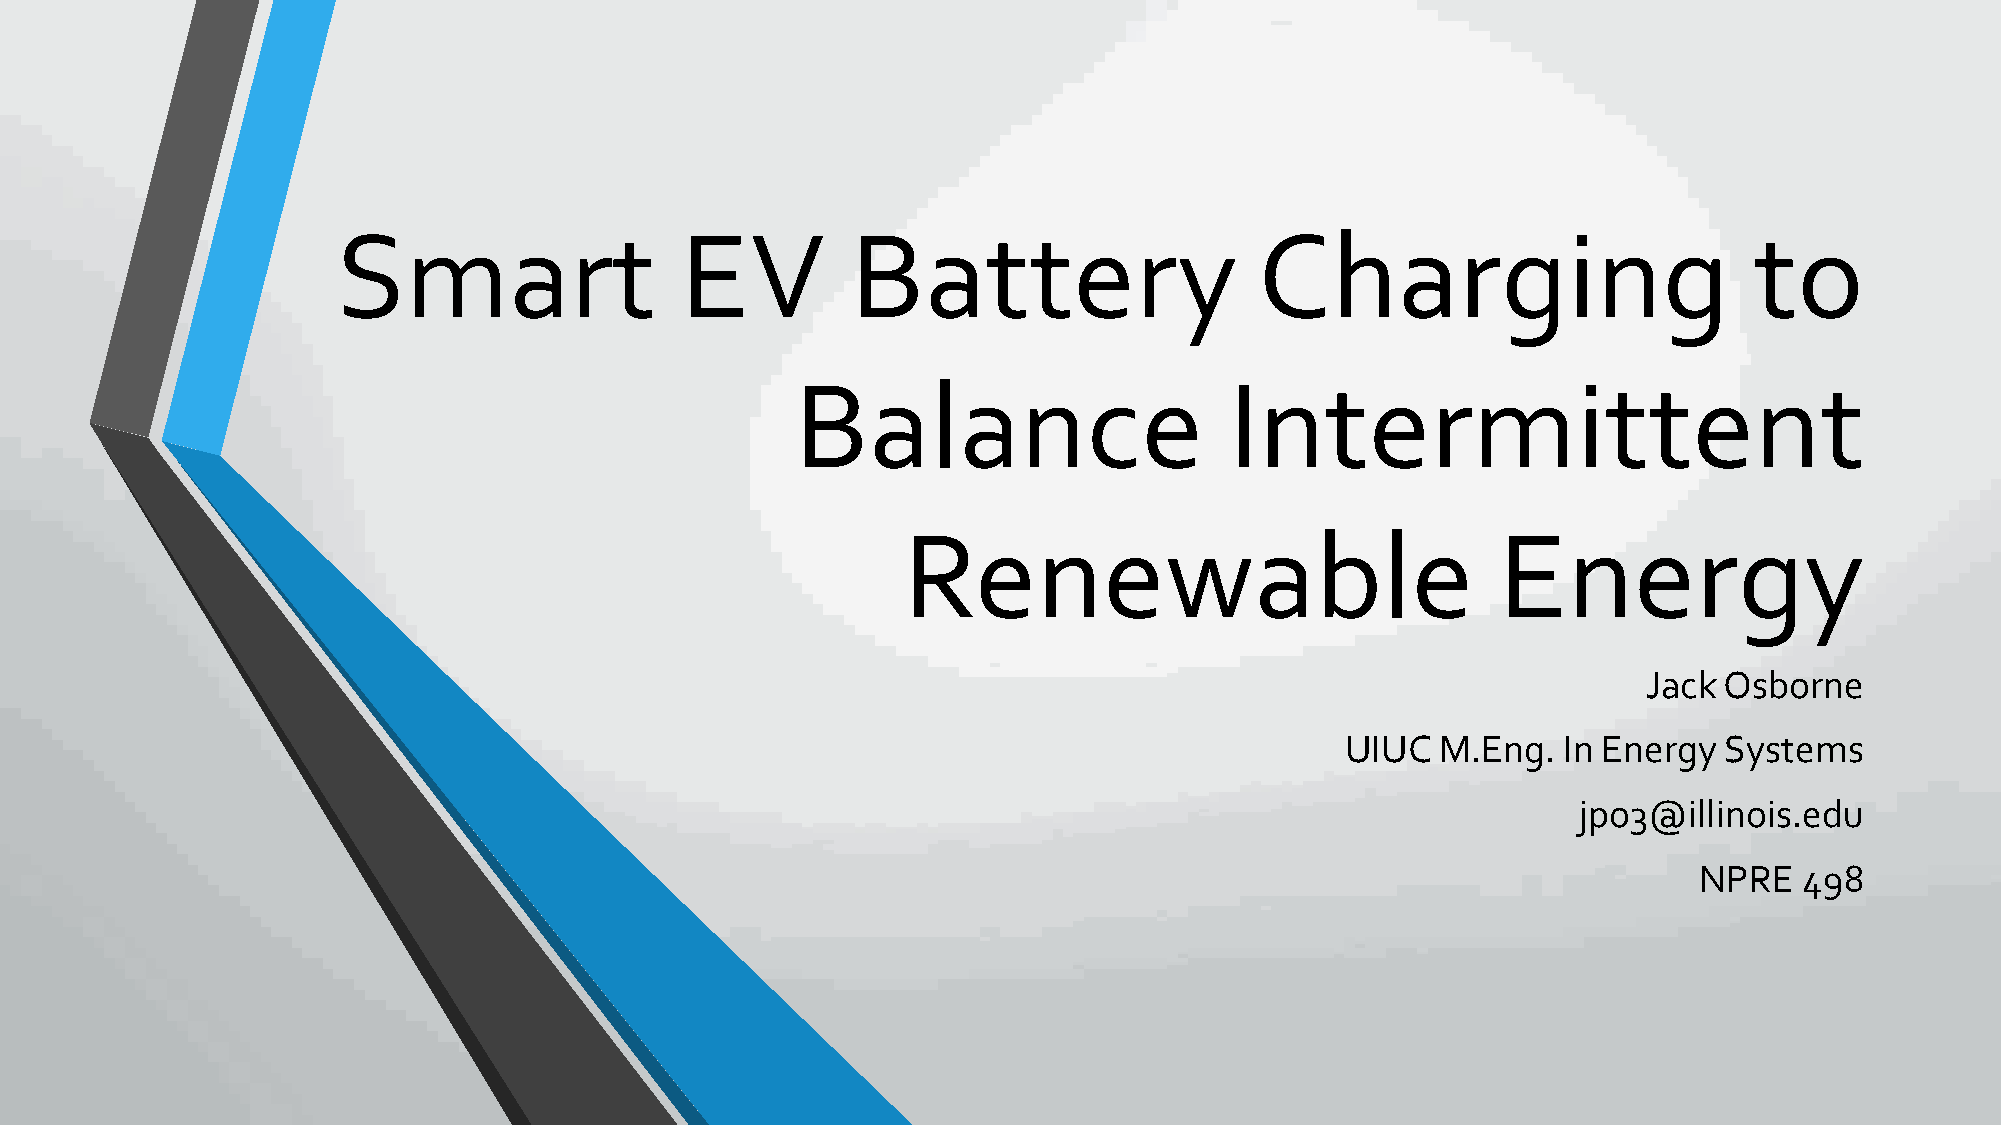
Smart                  EV         Battery                    Charging                         to
 Balance                     Intermittent
 Renewable                              Energy
 Jack Osborne
 UIUC  M.Eng.  In Energy  Systems
 jpo3@illinois.edu
 NPRE   498